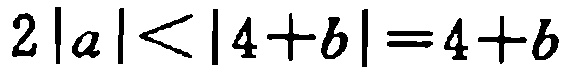
\(2|a|<|4 + b| = 4 + b\)